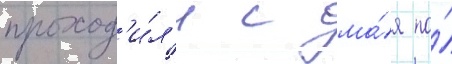
проход'и́л'и с ма́я по́